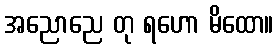
အညောညေ တု ရဟော မိထော။